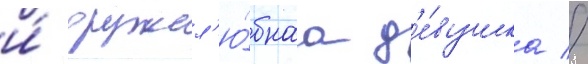
и́ дружел'ю́бнаа д'е́вушка //